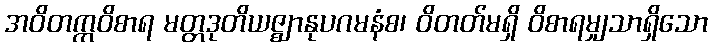
အဝိတက္ကဝိစာရ မတ္တဒုတိယဇ္ဈာနုပဂမနံစ၊ ဝိတတ်မရှိ ဝိစာရမျှသာရှိသော